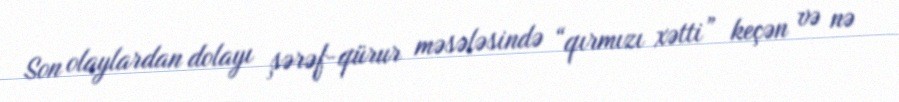
Son olaylardan dolayı şərəf-qürur məsələsində “qırmızı xətti” keçən və nə